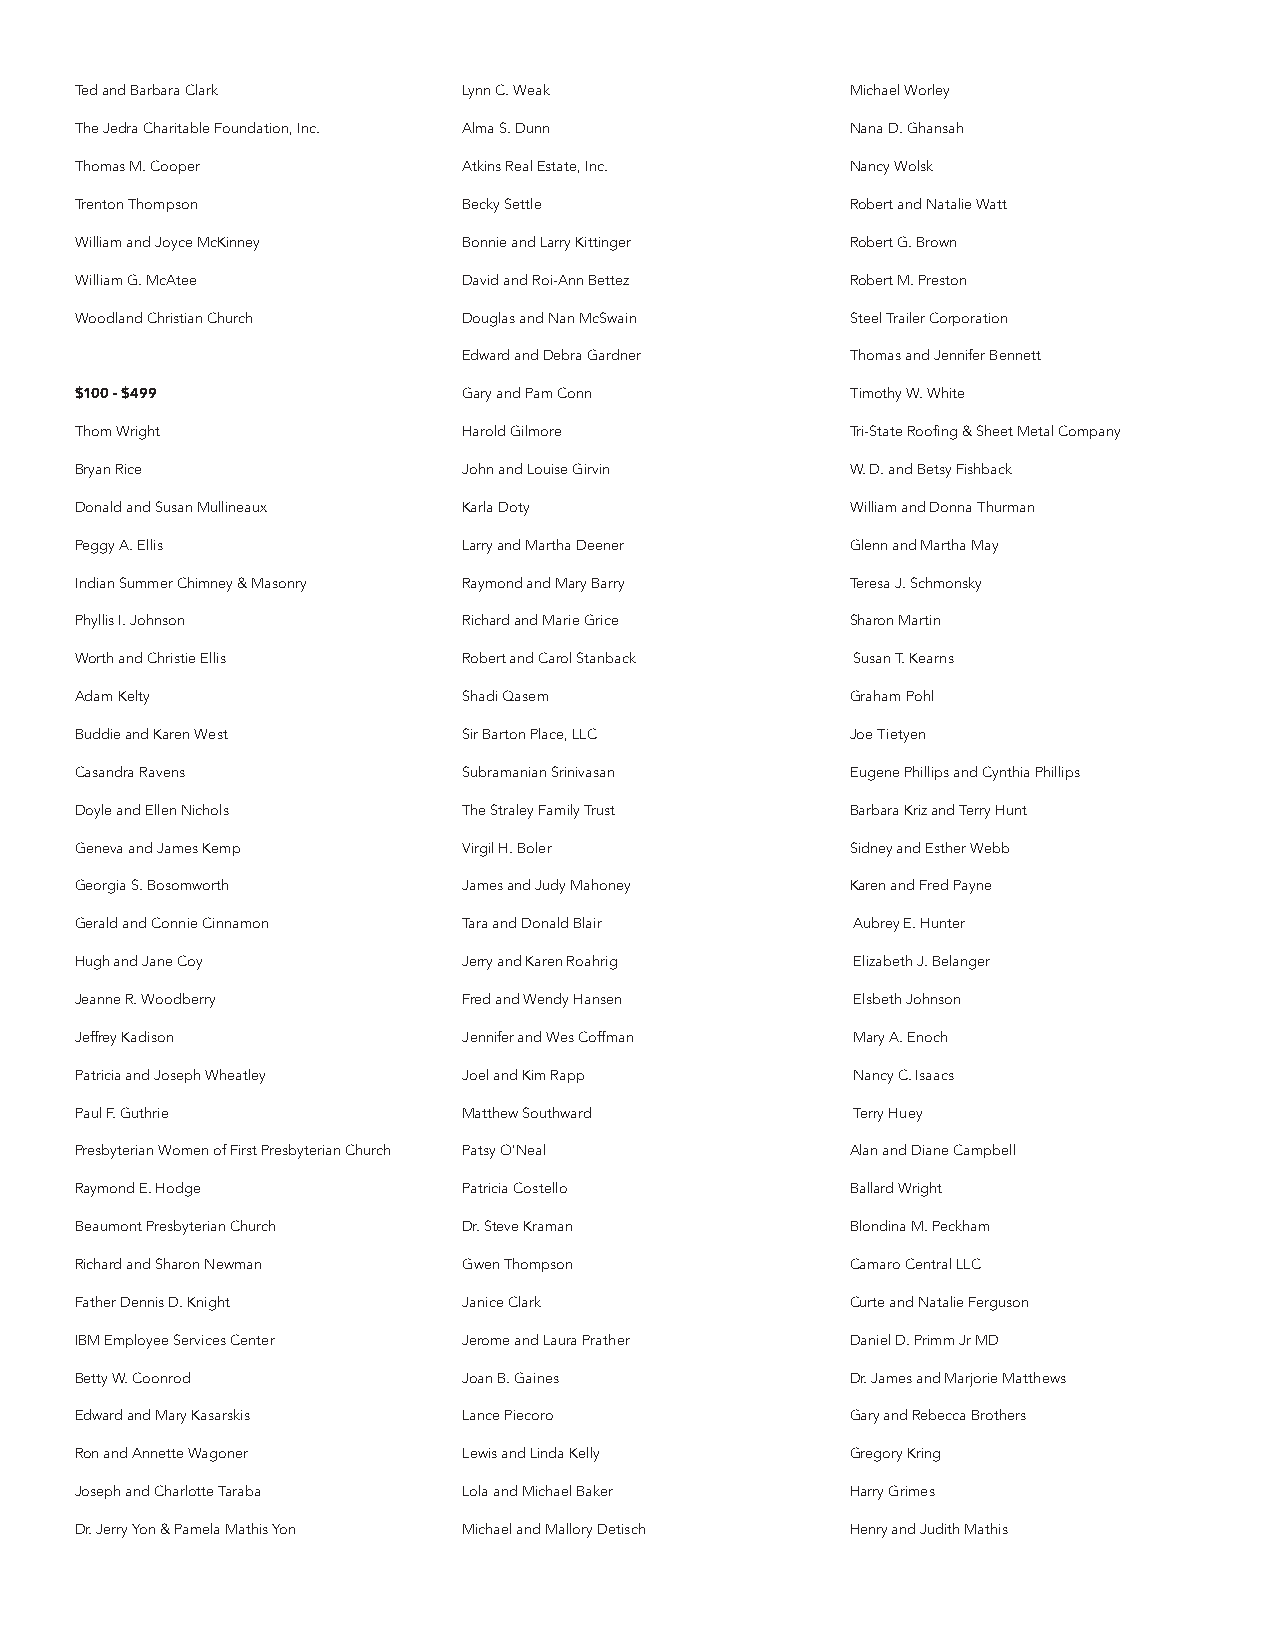
Ted and Barbara Clark     Lynn C. Weak             Michael Worley
 The Jedra Charitable Foundation, Inc. Alma S. Dunn Nana D. Ghansah
 Thomas M. Cooper          Atkins Real Estate, Inc. Nancy Wolsk
 Trenton Thompson          Becky Settle             Robert and Natalie Watt
 William and Joyce McKinney Bonnie and Larry Kittinger Robert G. Brown
 William G. McAtee         David and Roi-Ann Bettez Robert M. Preston
 Woodland Christian Church Douglas and Nan McSwain  Steel Trailer Corporation
 Edward and Debra Gardner Thomas and Jennifer Bennett
 $100 - $499               Gary and Pam Conn        Timothy W. White
 Thom Wright               Harold Gilmore           Tri-State Roofing & Sheet Metal Company
 Bryan Rice                John and Louise Girvin   W. D. and Betsy Fishback
 Donald and Susan Mullineaux Karla Doty             William and Donna Thurman
 Peggy A. Ellis            Larry and Martha Deener  Glenn and Martha May
 Indian Summer Chimney & Masonry Raymond and Mary Barry Teresa J. Schmonsky
 Phyllis I. Johnson        Richard and Marie Grice  Sharon Martin
 Worth and Christie Ellis  Robert and Carol Stanback Susan T. Kearns
 Adam Kelty                Shadi Qasem              Graham Pohl
 Buddie and Karen West     Sir Barton Place, LLC    Joe Tietyen
 Casandra Ravens           Subramanian Srinivasan   Eugene Phillips and Cynthia Phillips
 Doyle and Ellen Nichols   The Straley Family Trust Barbara Kriz and Terry Hunt
 Geneva and James Kemp     Virgil H. Boler          Sidney and Esther Webb
 Georgia S. Bosomworth     James and Judy Mahoney   Karen and Fred Payne
 Gerald and Connie Cinnamon Tara and Donald Blair    Aubrey E. Hunter
 Hugh and Jane Coy         Jerry and Karen Roahrig   Elizabeth J. Belanger
 Jeanne R. Woodberry       Fred and Wendy Hansen     Elsbeth Johnson
 Jeffrey Kadison           Jennifer and Wes Coffman  Mary A. Enoch
 Patricia and Joseph Wheatley Joel and Kim Rapp      Nancy C. Isaacs
 Paul F. Guthrie           Matthew Southward         Terry Huey
 Presbyterian Women of First Presbyterian Church Patsy O'Neal Alan and Diane Campbell
 Raymond E. Hodge          Patricia Costello        Ballard Wright
 Beaumont Presbyterian Church Dr. Steve Kraman      Blondina M. Peckham
 Richard and Sharon Newman Gwen Thompson            Camaro Central LLC
 Father Dennis D. Knight   Janice Clark             Curte and Natalie Ferguson
 IBM Employee Services Center Jerome and Laura Prather Daniel D. Primm Jr MD
 Betty W. Coonrod          Joan B. Gaines           Dr. James and Marjorie Matthews
 Edward and Mary Kasarskis Lance Piecoro            Gary and Rebecca Brothers
 Ron and Annette Wagoner   Lewis and Linda Kelly    Gregory Kring
 Joseph and Charlotte Taraba Lola and Michael Baker Harry Grimes
 Dr. Jerry Yon & Pamela Mathis Yon Michael and Mallory Detisch Henry and Judith Mathis